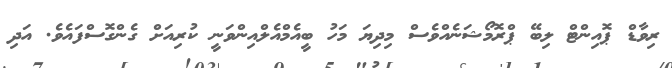
ރިވާޑް ޕޮއިންޓް ލިބޭ ޕްރޮމޯޝަނެއްވެސް މިދިޔަ މަހު ބީއެމްއެލްއިންވަނީ ކުރިއަށް ގެންގޮސްފައެވެ. އަދި